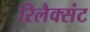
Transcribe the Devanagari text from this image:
रिलैक्संट